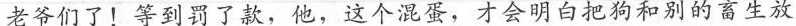
老爷们了!等到罚了款，他，这个混蛋，才会明白把狗和别的畜生放